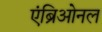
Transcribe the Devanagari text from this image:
एंब्रिओनल